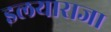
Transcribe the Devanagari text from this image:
इलयाराजा